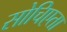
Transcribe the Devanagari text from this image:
सोचिएता